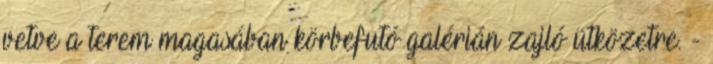
vetve a terem magasában körbefutó galérián zajló ütközetre. -